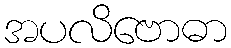
အပလိဗောဓာ